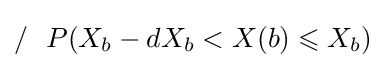
/\ \ P(X_{b}-dX_{b}<X(b)\leqslant X_{b})